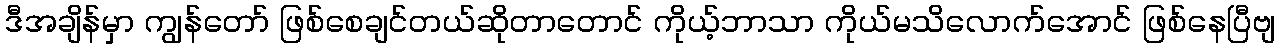
ဒီအချိန်မှာ ကျွန်တော် ဖြစ်စေချင်တယ်ဆိုတာတောင် ကိုယ့်ဘာသာ ကိုယ်မသိလောက်အောင် ဖြစ်နေပြီဗျ